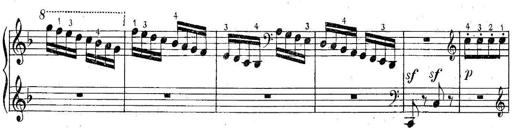
Title: 6 Easy Sonatinas
Composer: Carl Czerny